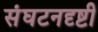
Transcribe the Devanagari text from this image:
संघटनदृष्टी